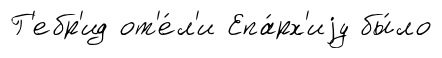
Г'ебр'ид от'е́л'и Епа́рх'иjу бы́ло